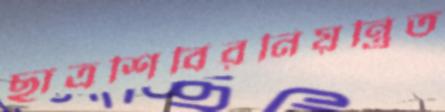
ছাত্রশিবিরনিয়ন্ত্রিত